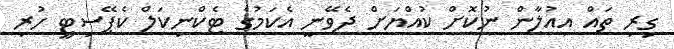
ގިރި ތައް އިއުލާން ނުކޮށް ކުއްޔަށް ދެވޭނީ އެކަމުގެ ޓެކްނިކަލް ކެޕޭސިޓީ ހުރި